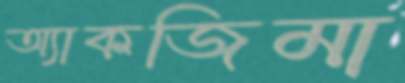
অ্যাকজিমা